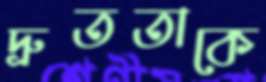
দ্রুততাকে